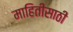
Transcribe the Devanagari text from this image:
माहितींसाठी